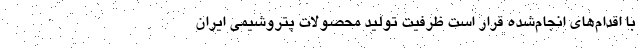
با اقدام‌های انجام‌شده قرار است ظرفیت تولید محصولات پتروشیمی ایران